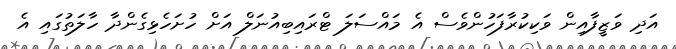
އަދި ވަޒީފާއިން ވަކިކުރާފަހުންވެސް އެ މައްސަލަ ޓްރައިބިއުނަލް އަށް ހުށަހެޅިގެންދާ ހާލަތުގައި އެ